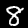
Label: 8